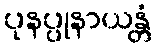
ပုနပ္ပုနာယန္တံ